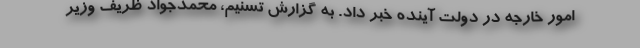
امور خارجه در دولت آینده خبر داد. به گزارش تسنیم، محمدجواد ظریف وزیر